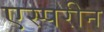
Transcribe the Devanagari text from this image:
एस्परीन